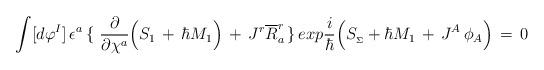
LaTeX: \begin{align*}\int [d\varphi^I]\,\epsilon^a \, \lbrace\,\,{\partial\over \partial \chi^a} \Big( S_1 \,+\,\hbar M_1 \Big)\,+\,J^r {\overline R}^r_a \,\rbrace\,exp {i\over \hbar} \Big(S_{_\Sigma} + \hbar M_1 \,+\, J^A \,\phi_A \Big)\,=\,0\end{align*}